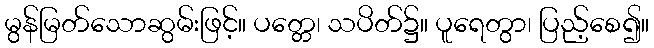
မွန်မြတ်သောဆွမ်းဖြင့်။ ပတ္တေ၊ သပိတ်၌။ ပူရေတွာ၊ ပြည့်စေ၍။